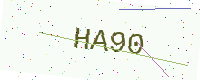
Text: HA90